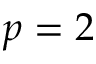
p = 2